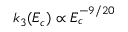
k _ { 3 } ( E _ { c } ) \propto E _ { c } ^ { - 9 / 2 0 }